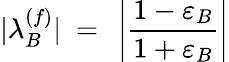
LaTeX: |\lambda_{B}^{(f)}|\ =\ \left|\frac{1-\varepsilon_{B}}{1+\varepsilon_{B}}\right|